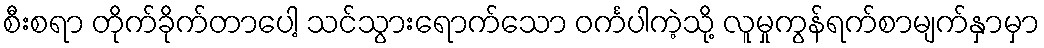
စီးစရာ တိုက်ခိုက်တာပေါ့ သင်သွားရောက်သော ဝင်္ကပါကဲ့သို့ လူမှုကွန်ရက်စာမျက်နှာမှာ